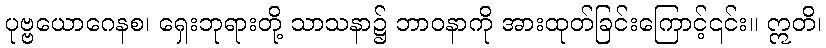
ပုဗ္ဗယောဂေနစ၊ ရှေးဘုရားတို့ သာသနာ၌ ဘာဝနာကို အားထုတ်ခြင်းကြောင့်၎င်း။ ဣတိ၊